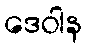
ဒေဝါန